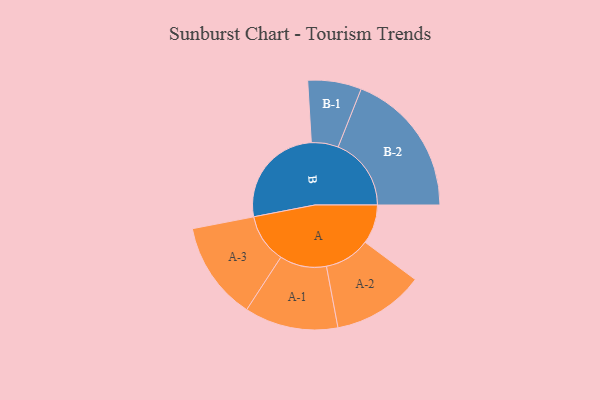
{"axis": {"x": "Segment", "y": "Value"}, "legend": ["", "A", "B"], "data": [{"x": "A", "y": 149, "type": ""}, {"x": "B", "y": 397, "type": ""}, {"x": "A-1", "y": 178, "type": "A"}, {"x": "A-2", "y": 174, "type": "A"}, {"x": "A-3", "y": 187, "type": "A"}, {"x": "B-1", "y": 102, "type": "B"}, {"x": "B-2", "y": 278, "type": "B"}]}